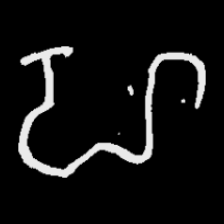
Pyu character \u2014 Myanmar letter: ဟ (romanized: ha)